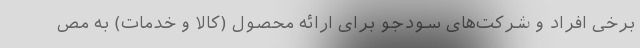
برخی افراد و شرکت‌های سودجو برای ارائه محصول (کالا و خدمات) به مص